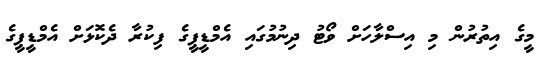
މީގެ އިތުރުން މި އިސްލާހަށް ވޯޓު ދިނުމުގައި އެމްޑީޕީގެ ފިކުރާ ދެކޮޅަށް އެމްޑީޕީގެ